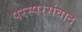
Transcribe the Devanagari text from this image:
परस्परसंवाद